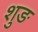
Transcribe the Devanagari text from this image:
शुङ